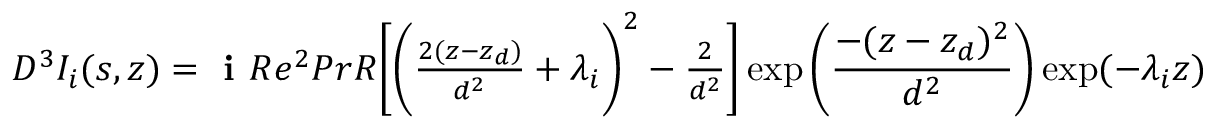
\begin{array} { r } { D ^ { 3 } I _ { i } ( s , z ) = \textbf { i } R e ^ { 2 } P r R \Bigg [ \bigg ( \frac { 2 ( z - z _ { d } ) } { d ^ { 2 } } + \lambda _ { i } \bigg ) ^ { 2 } - \frac { 2 } { d ^ { 2 } } \Bigg ] \exp \bigg ( \displaystyle \frac { - ( z - z _ { d } ) ^ { 2 } } { d ^ { 2 } } \bigg ) \exp ( - \lambda _ { i } z ) } \end{array}